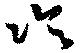
冷